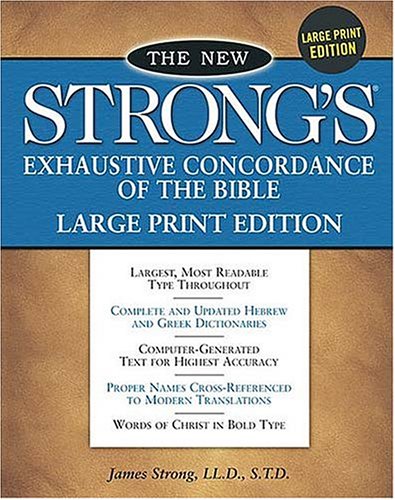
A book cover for The New Strong's Exhaustive Concordance Of The Bible Comfort Print Edition; James Strong; Christian Books & Bibles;